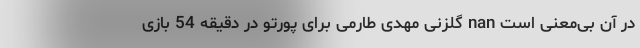
در آن بی‌معنی است nan گلزنی مهدی طارمی برای پورتو در دقیقه 54 بازی